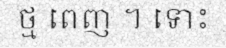
ថ្ម ពេញ ។ ទោះ